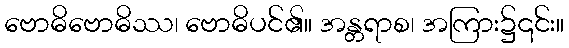
ဗောဓိဗောဓိဿ၊ ဗောဓိပင်၏။ အန္တရာစ၊ အကြား၌၎င်း။